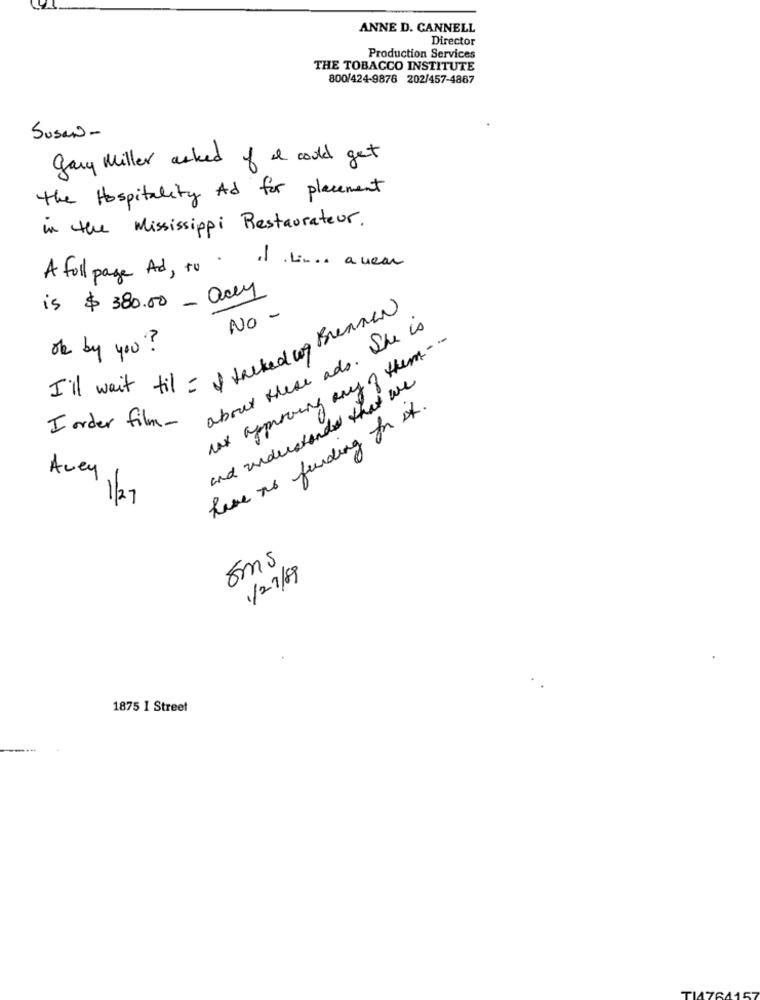
ANNE D. CANNELL
Director
Production Services
THE TOBACCO INSTITUTE
800/424-9876 202/457-4867
Susan-
gary Miller asked of a could get
the Hospitality And for placement
in the Mississippi Restaurateur.
A full page And, to - il Lina a near
is $ 380.00 - ally
NO -
about these ads. She is
I'll wait til = I talked wy Brennen
of by you ?
har approving any of them - .-
and understand that we
have to funding for it.
I order film-
Avey
1/27
Ems
1/27/89
1875 I Street